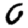
Digit: 0